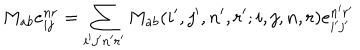
M _ { a b } e _ { i j } ^ { n r } = \sum _ { i ^ { \prime } j ^ { \prime } n ^ { \prime } r ^ { \prime } } M _ { a b } ( i ^ { \prime } , j ^ { \prime } , n ^ { \prime } , r ^ { \prime } ; i , j , n , r ) e _ { i ^ { \prime } j ^ { \prime } } ^ { n ^ { \prime } r ^ { \prime } }